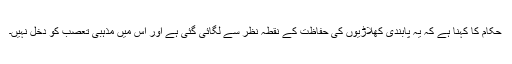
حکام کا کہنا ہے کہ یہ پابندی کھلاڑیوں کی حفاظت کے نقطہ نظر سے لگائی گئی ہے اور اس میں مذہبی تعصب کو دخل نہیں۔